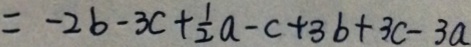
= - 2 b - 3 c + \frac { 1 } { 2 } a - c + 3 b + 3 c - 3 a